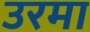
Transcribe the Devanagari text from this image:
उरमा